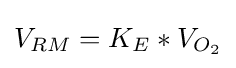
V_{RM}=K_{E}*V_{O_{2}}